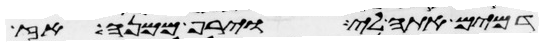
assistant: דמים אתה לי וירף ממנה אז